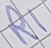
Text: R1